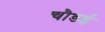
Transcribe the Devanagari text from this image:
चौडई